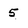
Character: 5